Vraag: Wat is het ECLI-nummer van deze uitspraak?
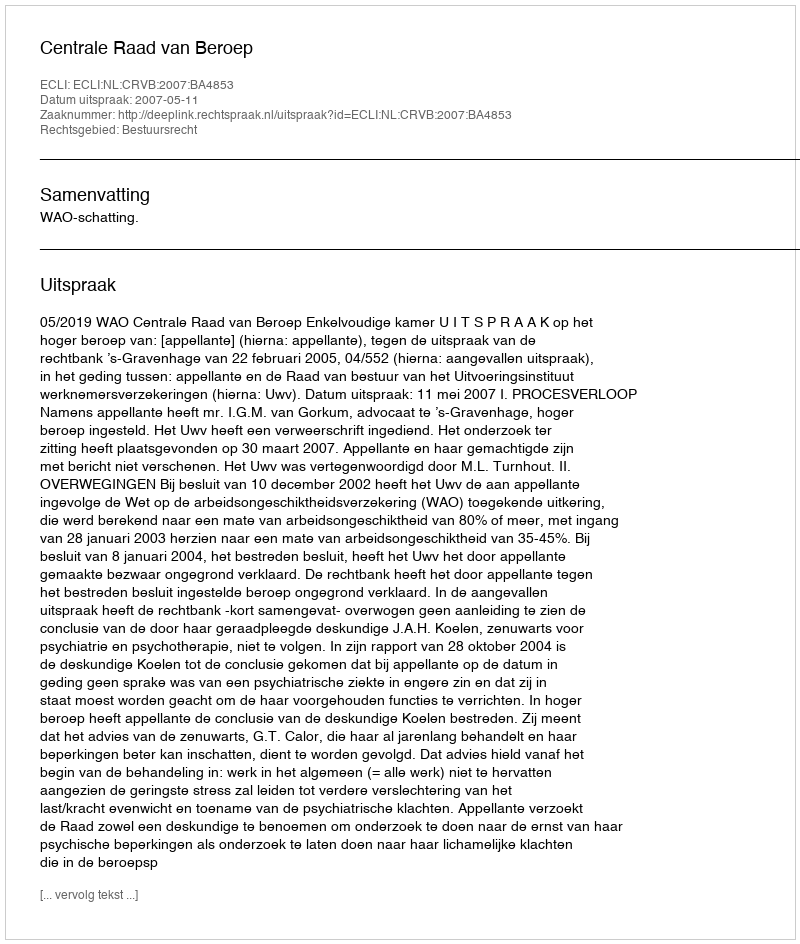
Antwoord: ECLI:NL:CRVB:2007:BA4853